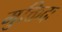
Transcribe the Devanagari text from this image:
मुक्तिदः